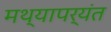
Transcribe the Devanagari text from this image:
मथ्यापर्यंत